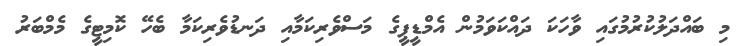
މި ބައްދަލުކުރުމުގައި ވާހަކަ ދައްކަވަމުން އެމްޑީޕީގެ މަސްވެރިކަމާއި ދަނޑުވެރިކަމާ ބެހޭ ކޮމިޓީގެ މެމްބަރު